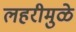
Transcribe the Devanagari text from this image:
लहरीमुळे